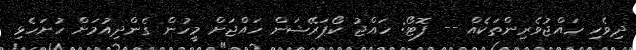
ދިވެހި ހައްޖުވެރިންތަކެއް -- ފޮޓޯ: ހައްޖު ކޯޕަރޭޝަން ހައްޖަށް މީހުން ގެންދިއުމަށް ހުށަހެޅި